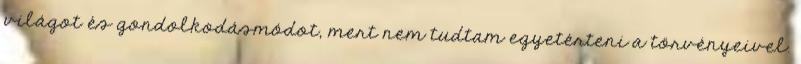
világot és gondolkodásmódot, mert nem tudtam egyetérteni a törvényeivel.